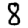
Digit: 8